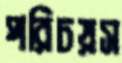
পরিচয়স